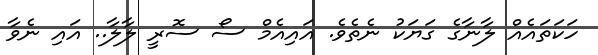
ހަކަތައެއް ލާނާގެ ގަޔަކު ނެތެވެ. އައިއެމް ސޯ ސޮރީ ލާލާ.. އައި ނެވާ